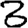
Digit: 3